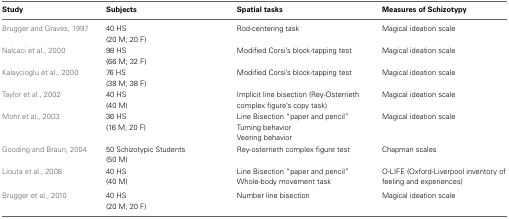
<table><thead><tr><td><b>Study</b></td><td><b>Subjects</b></td><td><b>Spatial tasks</b></td><td><b>Measures of Schizotypy</b></td></tr></thead><tbody><tr><td rowspan="2">Brugger and Graves, 1997</td><td>40 HS</td><td rowspan="2">Rod-centering task</td><td rowspan="2">Magical ideation scale</td></tr><tr><td>(20 M; 20 F)</td></tr><tr><td rowspan="2">Nalcaci et al., 2000</td><td>98 HS</td><td rowspan="2">Modified Corsi&#x27;s block-tapping test</td><td rowspan="2">Magical ideation scale</td></tr><tr><td>(66 M; 32 F)</td></tr><tr><td rowspan="2">Kalaycioglu et al., 2000</td><td>76 HS</td><td rowspan="2">Modified Corsi&#x27;s block-tapping test</td><td rowspan="2">Magical ideation scale</td></tr><tr><td>(38 M; 38 F)</td></tr><tr><td rowspan="2">Taylor et al., 2002</td><td>40 HS</td><td rowspan="2">Implicit line bisection (Rey-Osterrieth complex figure&#x27;s copy task)</td><td rowspan="2">Magical ideation scale</td></tr><tr><td>(40 M)</td></tr><tr><td rowspan="3">Mohr et al., 2003</td><td>36 HS</td><td>Line Bisection “paper and pencil”</td><td rowspan="3">Magical ideation scale</td></tr><tr><td>(16 M; 20 F)</td><td>Turning behavior</td></tr><tr><td></td><td>Veering behavior</td></tr><tr><td rowspan="2">Gooding and Braun, 2004</td><td>50 Schizotypic Students</td><td rowspan="2">Rey-osterrieth complex figure test</td><td rowspan="2">Chapman scales</td></tr><tr><td>(50 M)</td></tr><tr><td rowspan="2">Liouta et al., 2008</td><td>40 HS</td><td>Line Bisection “paper and pencil”</td><td rowspan="2">O-LIFE (Oxford-Liverpool inventory of feeling and experiences)</td></tr><tr><td>(40 M)</td><td>Whole-body movement task</td></tr><tr><td rowspan="2">Brugger et al., 2010</td><td>40 HS</td><td rowspan="2">Number line bisection</td><td rowspan="2">Magical ideation scale</td></tr><tr><td>(20 M; 20 F)</td></tr></tbody></table>